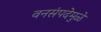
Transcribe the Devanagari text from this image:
वनसंपदेमुळे